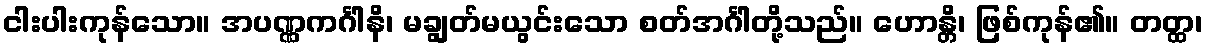
ငါးပါးကုန်သော။ အပဏ္ဏကင်္ဂါနိ၊ မချွတ်မယွင်းသော စတ်အင်္ဂါတို့သည်။ ဟောန္တိ၊ ဖြစ်ကုန်၏။ တတ္ထ၊